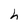
Character: h